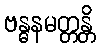
ဗန္ဓနမတ္တန္တိ